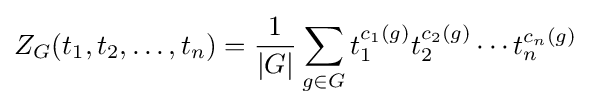
Z_{G}(t_{1},t_{2},\ldots ,t_{n})={\frac {1}{|G|}}\sum _{g\in G}t_{1}^{c_{1}(g)}t_{2}^{c_{2}(g)}\cdots t_{n}^{c_{n}(g)}